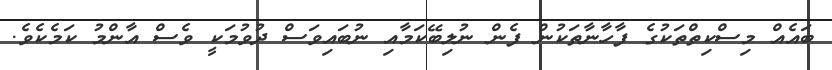
ބައެއް މިސްކިތްތަކުގެ ފާހާނާތަކުން ފެން ނުލިބޭކަމާއި ނުބައިވަސް ދުވުމަކީ ވެސް އާންމު ކަމެކެވެ.